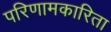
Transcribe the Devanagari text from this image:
परिणामकारिता